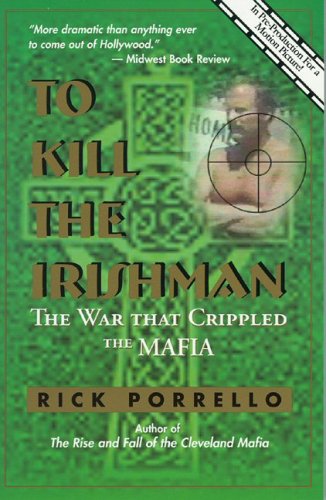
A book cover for To Kill the Irishman: The War that Crippled the Mafia; Rick Porrello; Biographies & Memoirs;